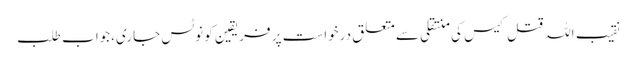
نقیب اللہ قتل کیس کی منتقلی سے متعلق درخواست پر فریقین کو نوٹس جاری،جواب طلب